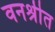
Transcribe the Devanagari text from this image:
वनश्रीत